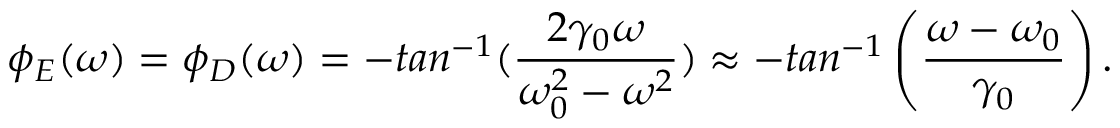
\phi _ { E } ( \omega ) = \phi _ { D } ( \omega ) = - t a n ^ { - 1 } ( \frac { 2 \gamma _ { 0 } \omega } { \omega _ { 0 } ^ { 2 } - \omega ^ { 2 } } ) \approx - t a n ^ { - 1 } \left( \frac { \omega - \omega _ { 0 } } { \gamma _ { 0 } } \right) .